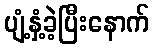
ပျံ့နှံ့ခဲ့ပြီးနောက်